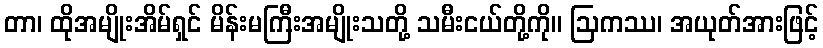
တာ၊ ထိုအမျိုးအိမ်ရှင် မိန်းမကြီးအမျိုးသတို့ သမီးငယ်တို့ကို။ ဩကဿ၊ အယုတ်အားဖြင့်